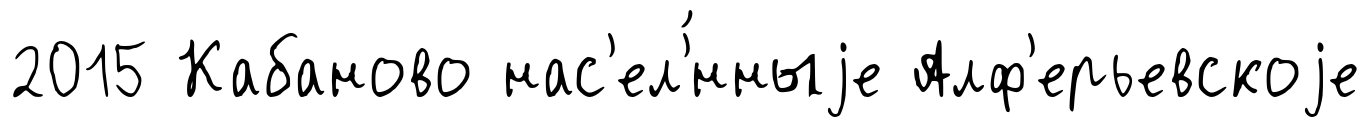
2015 Кабаново нас'ел'́нныjе Алф'ерьевскоjе